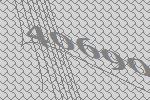
40690